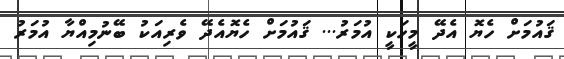
ޤައުމަށް ހެޔޮ އެދޭ މީހަކީ އުމަރު... ޤައުމަށް ހެޔޮއެދޭ ވެރިއަކު ބޭނުމިއްޔާ އުމަރު